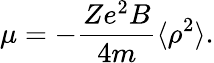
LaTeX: \mu=-{\frac{Ze^{2}B}{4m}}\langle\rho^{2}\rangle.